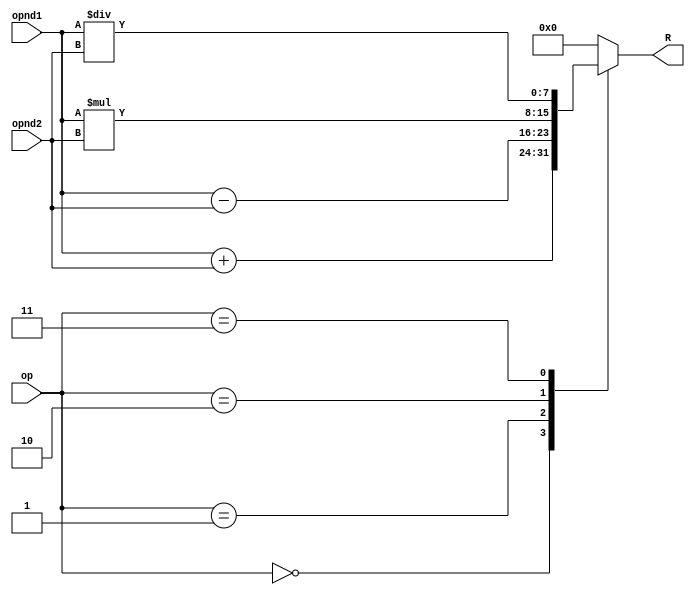
module calculator(opnd1,opnd2,op,R);
input [7:0]opnd1,opnd2,op;
output reg[7:0]R;
always@(*)
case(op)
8'd0:R=opnd1+opnd2;
8'd1:R=opnd1-opnd2;
8'd2:R=opnd1*opnd2;
8'd3:R=opnd1/opnd2;
default:R=8'd0;
endcase

endmodule